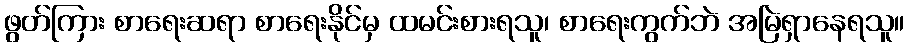
ဖွတ်ကြား စာရေးဆရာ စာရေးနိုင်မှ ထမင်းစားရသူ၊ စာရေးကွက်ဘဲ အမြဲရှာနေရသူ။